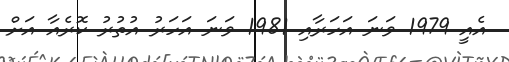
އެއީ 1979 ވަނަ އަހަރާއި 1981 ވަނަ އަހަރު އުތުރު ކޮރެއާ އަށް